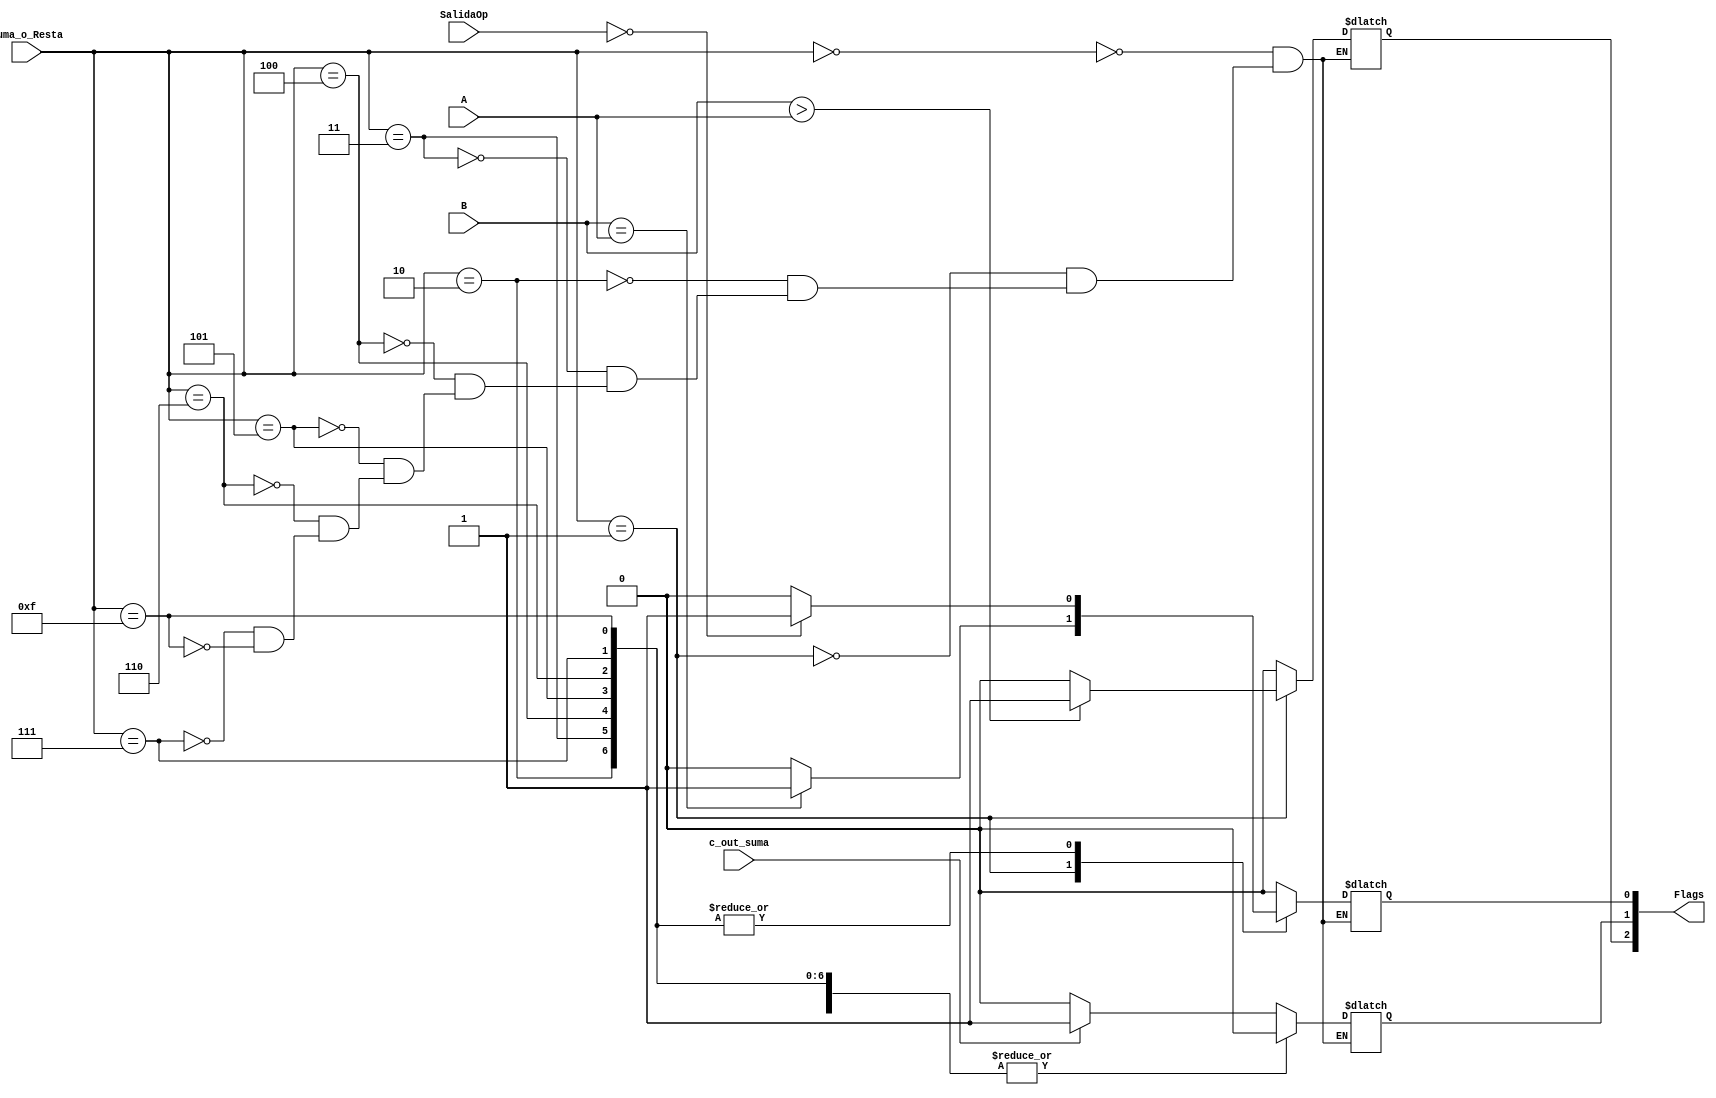
`timescale 1ns / 1ps
//////////////////////////////////////////////////////////////////////////////////
// Company: 
// Engineer: 
// 
// Design Name: 
// Module Name: Flag_Indicator
// Project Name: 
// Target Devices: 
// Tool Versions: 
// Description: 
// 
// Dependencies: 
// 
// Revision:
// Revision 0.01 - File Created
// Additional Comments:
// 
//////////////////////////////////////////////////////////////////////////////////


module Flag_Indicator#(parameter N=8)(
    input [N-1:0] A, //RY
    input [N-1:0] B, //RX
    input [N-1:0] SalidaOp,
    input c_out_suma,
    input [3:0] Suma_o_Resta,
    output [2:0] Flags
    ////////////////////
);
reg FlagZ=1'b0;
reg FlagC=1'b0;
reg FlagN=1'b0;

always@(*)
begin
    case(Suma_o_Resta)
    4'b0000:
    begin
        if(c_out_suma)begin FlagC <= 1'b1;
                            FlagN<= 1'b0;
                            FlagZ<= 1'b0;
                       end
                    else    FlagC<= 1'b0; 
                            FlagZ<= 1'b0;
                            FlagN<= 1'b0;
    end
    
    4'b0001:
    begin
        if(B==A) FlagZ<= 1'b1;
        else FlagZ <= 1'b0; 
             FlagC<= 1'b0;
        if(B>A) FlagN<= 1'b1;
        else FlagN<= 1'b0;
             FlagC<= 1'b0;
        
    end 
    4'b0010:
            begin
                if(SalidaOp==0)begin 
                                FlagZ<= 1'b1;
                                FlagC<= 1'b0;
                                FlagN<= 1'b0;
                                end
                          else  FlagZ<= 1'b0; 
                                FlagC<= 1'b0;
                                FlagN<= 1'b0;
            end
    4'b0011:
             begin
                 if(SalidaOp==0)begin 
                                 FlagZ<= 1'b1;
                                 FlagC<= 1'b0;
                                 FlagN<= 1'b0;
                                 end
                           else  FlagZ<= 1'b0; 
                                 FlagC<= 1'b0;
                                 FlagN<= 1'b0;
             end          
    4'b0100:
        begin
            if(SalidaOp==0)begin 
                                FlagZ<= 1'b1;
                                FlagC<= 1'b0;
                                FlagN<= 1'b0;
                                end
                          else  FlagZ<= 1'b0; 
                                FlagC<= 1'b0;
                                FlagN<= 1'b0;
        end 
    4'b0101:
                begin
            if(SalidaOp==0)begin 
                                FlagZ<= 1'b1;
                                FlagC<= 1'b0;
                                FlagN<= 1'b0;
                                end
                          else  FlagZ<= 1'b0; 
                                FlagC<= 1'b0;
                                FlagN<= 1'b0;
                end 
    4'b0110:
                 begin
                if(SalidaOp==0)begin 
                                FlagZ<= 1'b1;
                                FlagC<= 1'b0;
                                FlagN<= 1'b0;
                                end
                          else  FlagZ<= 1'b0; 
                                FlagC<= 1'b0;
                                FlagN<= 1'b0;
                        end 
    4'b0111:
                      begin
                if(SalidaOp==0)begin 
                                FlagZ<= 1'b1;
                                FlagC<= 1'b0;
                                FlagN<= 1'b0;
                                end
                          else  FlagZ<= 1'b0; 
                                FlagC<= 1'b0;
                                FlagN<= 1'b0;
                        end
    4'b1111: begin
                                        if(SalidaOp==0)begin 
                                                        FlagZ<= 1'b1;
                                                        FlagC<= 1'b0;
                                                        FlagN<= 1'b0;
                                                        end
                                                  else  FlagZ<= 1'b0; 
                                                        FlagC<= 1'b0;
                                                        FlagN<= 1'b0;
                                                end 
   
    
    default: 
    begin
        FlagZ <= FlagZ;
        FlagC <= FlagC;
        FlagN <= FlagN;
    end
    endcase
end  

assign Flags[0]=FlagZ;
assign Flags[1]=FlagC;
assign Flags[2]=FlagN;
  
endmodule